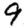
Digit: 9